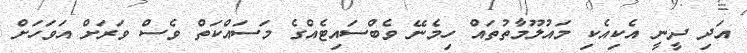
އަދި ދީނީ އެކިއެކި މައުލޫމާތުތައް ހިމެނޭ ވެބްސައިޓެއްގެ މަސައްކަތް ވެސް ވަރަށް އަވަހަށް